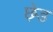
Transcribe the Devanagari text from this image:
छ़ेड